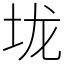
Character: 垅